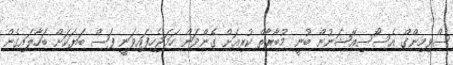
ސްވިމިންގް އެސޯސިއޭޝަނުން ބުނީ މުބާރާތް ކުރިއަށް ގެންދަން ހަމަޖެހިފައިވަނީ ފަސް ބަޔަކަށް ބަހާލައިގެން